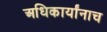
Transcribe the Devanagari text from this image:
अधिकार्यांनाच